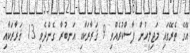
އޭގެ ތެރޭގައި މަޖިލީހުން ފާސްކުރެއްވި 9 ޤަރާރަކާއި އަނބުރާ ގެންދެވި 13 ޤަރާރަކާއި